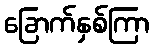
ခြောက်နှစ်ကြာ